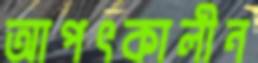
আপৎকালীন